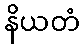
နိယတံ